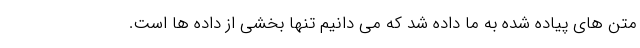
متن های پیاده شده به ما داده شد که می دانیم تنها بخشی از داده ها است.